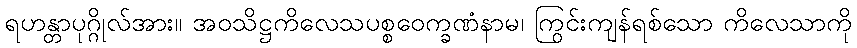
ရဟန္တာပုဂ္ဂိုလ်အား။ အဝသိဋ္ဌကိလေသပစ္စဝေက္ခဏံနာမ၊ ကြွင်းကျန်ရစ်သော ကိလေသာကို